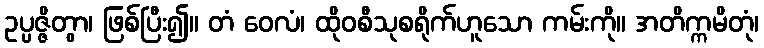
ဥပ္ပဇ္ဇိတွာ၊ ဖြစ်ပြီး၍။ တံ ဝေလံ၊ ထိုဝစီသုစရိုက်ဟူသော ကမ်းကို။ အတိက္ကမိတုံ၊